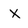
Character: X